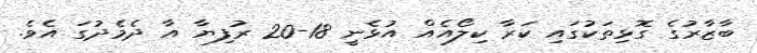
ބާޒާރުގެ ގޮޅިތަކުގައި ކަރާ ކިލޯއެއް އުޅެނީ 18-20 ރުފިޔާ އާ ދެމެދުގަ އެވެ.